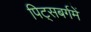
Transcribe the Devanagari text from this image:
पिट्सबर्गमें